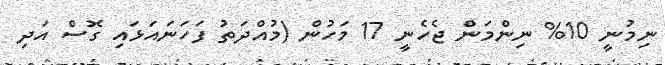
ނިމުނީ 10% ނިންމަން ޖެހެނީ 17 މަހުން (މުއްދަތު ފަހަނައަޅައި ގޮސް އަދި